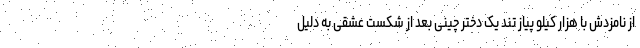
از نامزدش با هزار کیلو پیاز تند یک دختر چینی بعد از شکست عشقی به دلیل